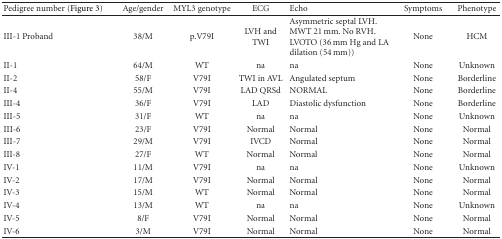
<table><thead><tr><td><b>Pedigree number (Figure 3)</b></td><td><b>Age/gender</b></td><td><b>MYL3 genotype</b></td><td><b>ECG</b></td><td><b>Echo</b></td><td><b>Symptoms</b></td><td><b>Phenotype</b></td></tr></thead><tbody><tr><td>III-1 Proband</td><td>38/M</td><td>p.V79I</td><td>LVH and TWI</td><td>Asymmetric septal LVH. MWT 21 mm. No RVH. LVOTO (36 mm Hg and LA dilation (54 mm))</td><td>None</td><td>HCM</td></tr><tr><td>II-1</td><td>64/M</td><td>WT</td><td>na</td><td>na</td><td>None</td><td>Unknown</td></tr><tr><td>II-2</td><td>58/F</td><td>V79I</td><td>TWI in AVL</td><td>Angulated septum</td><td>None</td><td>Borderline</td></tr><tr><td>II-4</td><td>55/M</td><td>V79I</td><td>LAD QRSd</td><td>NORMAL</td><td>None</td><td>Borderline</td></tr><tr><td>III-4</td><td>36/F</td><td>V79I</td><td>LAD</td><td>Diastolic dysfunction</td><td>None</td><td>Borderline</td></tr><tr><td>III-5</td><td>31/F</td><td>WT</td><td>na</td><td>na</td><td>None</td><td>Unknown</td></tr><tr><td>III-6</td><td>23/F</td><td>V79I</td><td>Normal</td><td>Normal</td><td>None</td><td>Normal</td></tr><tr><td>III-7</td><td>29/M</td><td>V79I</td><td>IVCD</td><td>Normal</td><td>None</td><td>Normal</td></tr><tr><td>III-8</td><td>27/F</td><td>WT</td><td>Normal</td><td>Normal</td><td>None</td><td>Normal</td></tr><tr><td>IV-1</td><td>11/M</td><td>V79I</td><td>na</td><td>na</td><td>None</td><td>Unknown</td></tr><tr><td>IV-2</td><td>17/M</td><td>V79I</td><td>Normal</td><td>Normal</td><td>None</td><td>Normal</td></tr><tr><td>IV-3</td><td>15/M</td><td>WT</td><td>Normal</td><td>Normal</td><td>None</td><td>Normal</td></tr><tr><td>IV-4</td><td>13/M</td><td>WT</td><td>na</td><td>na</td><td>None</td><td>Unknown</td></tr><tr><td>IV-5</td><td>8/F</td><td>V79I</td><td>Normal</td><td>Normal</td><td>None</td><td>Normal</td></tr><tr><td>IV-6</td><td>3/M</td><td>V79I</td><td>Normal</td><td>Normal</td><td>None</td><td>Normal</td></tr></tbody></table>